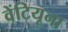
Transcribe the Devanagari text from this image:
वेंटियूना